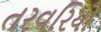
તરવરિયો